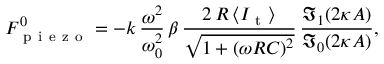
F _ { \mathrm { ~ p ~ i ~ e ~ z ~ o ~ } } ^ { 0 } = - k \, \frac { \omega ^ { 2 } } { \omega _ { 0 } ^ { 2 } } \, \beta \, \frac { 2 \, R \, \langle I _ { \mathrm { ~ t ~ } } \rangle } { \sqrt { 1 + ( \omega R C ) ^ { 2 } } } \, \frac { \mathfrak { I } _ { 1 } ( 2 \kappa A ) } { \mathfrak { I } _ { 0 } ( 2 \kappa A ) } ,